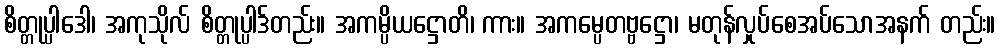
စိတ္တုပ္ပါဒေါ၊ အကုသိုလ် စိတ္တုပ္ပါဒ်တည်း။ အကမ္ပိယဋ္ဌောတိ၊ ကား။ အကမ္ပေတဗ္ဗဋ္ဌော၊ မတုန်လှုပ်စေအပ်သောအနက် တည်း။